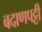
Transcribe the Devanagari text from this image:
बदाणपट्टी